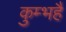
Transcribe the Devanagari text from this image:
कुम्भहै